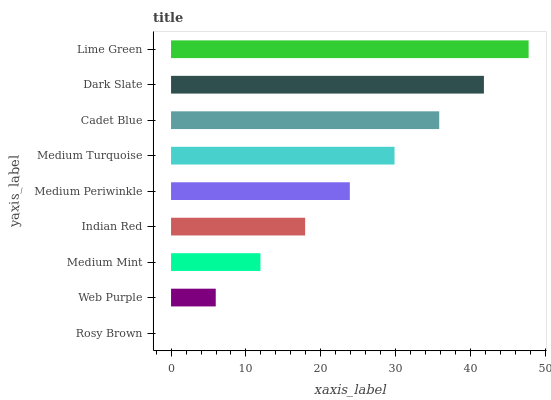
| yaxis_label | bars |
 | --- | --- |
 | Rosy Brown | 0 |
 | Web Purple | 5.96 |
 | Medium Mint | 11.9 |
 | Indian Red | 17.9 |
 | Medium Periwinkle | 23.9 |
 | Medium Turquoise | 29.8 |
 | Cadet Blue | 35.8 |
 | Dark Slate | 41.8 |
 | Lime Green | 47.7 |